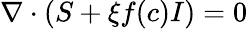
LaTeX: \nabla\cdot(S+\xi f(c)I)=0